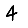
Digit: 4